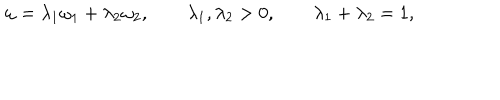
\omega = \lambda _ { 1 } \omega _ { 1 } + \lambda _ { 2 } \omega _ { 2 } , \qquad \lambda _ { 1 } , \lambda _ { 2 } > 0 , \qquad \lambda _ { 1 } + \lambda _ { 2 } = 1 ,